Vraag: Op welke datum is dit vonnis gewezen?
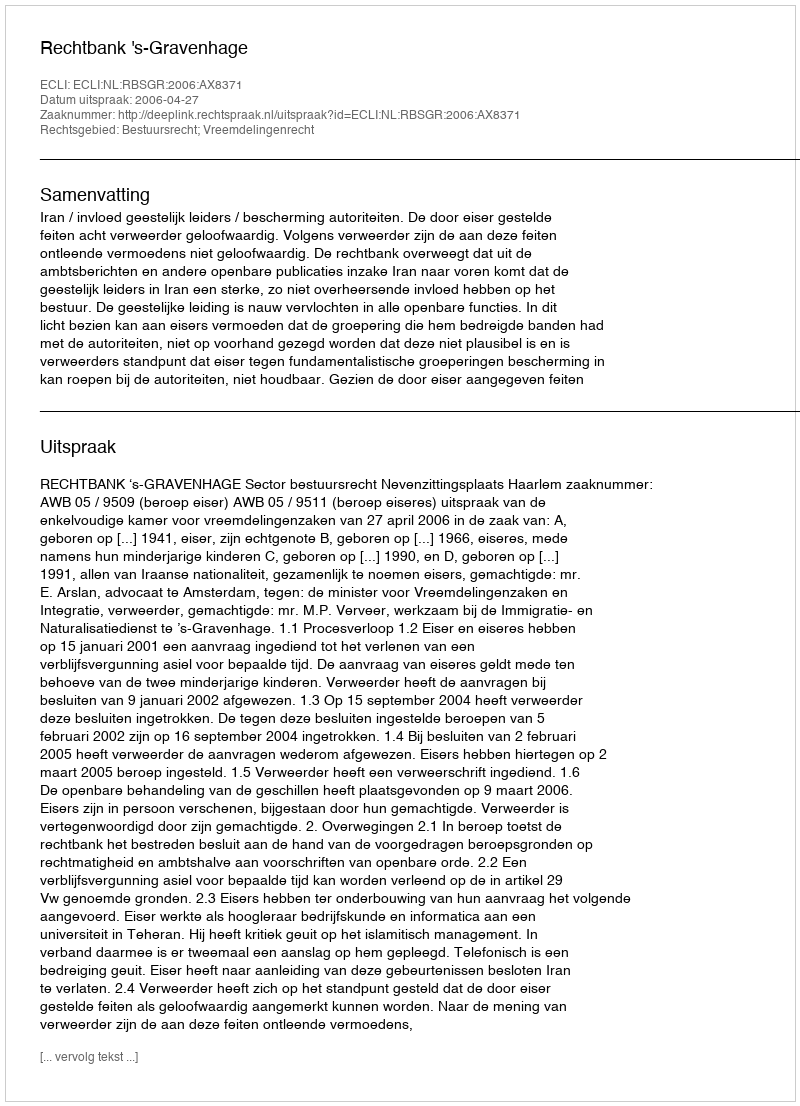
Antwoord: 2006-04-27